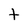
Character: t